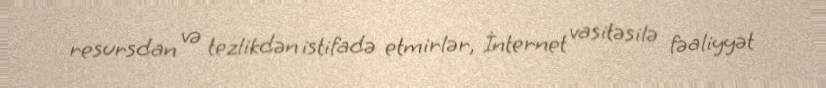
resursdan və tezlikdən istifadə etmirlər, İnternet vasitəsilə fəaliyyət